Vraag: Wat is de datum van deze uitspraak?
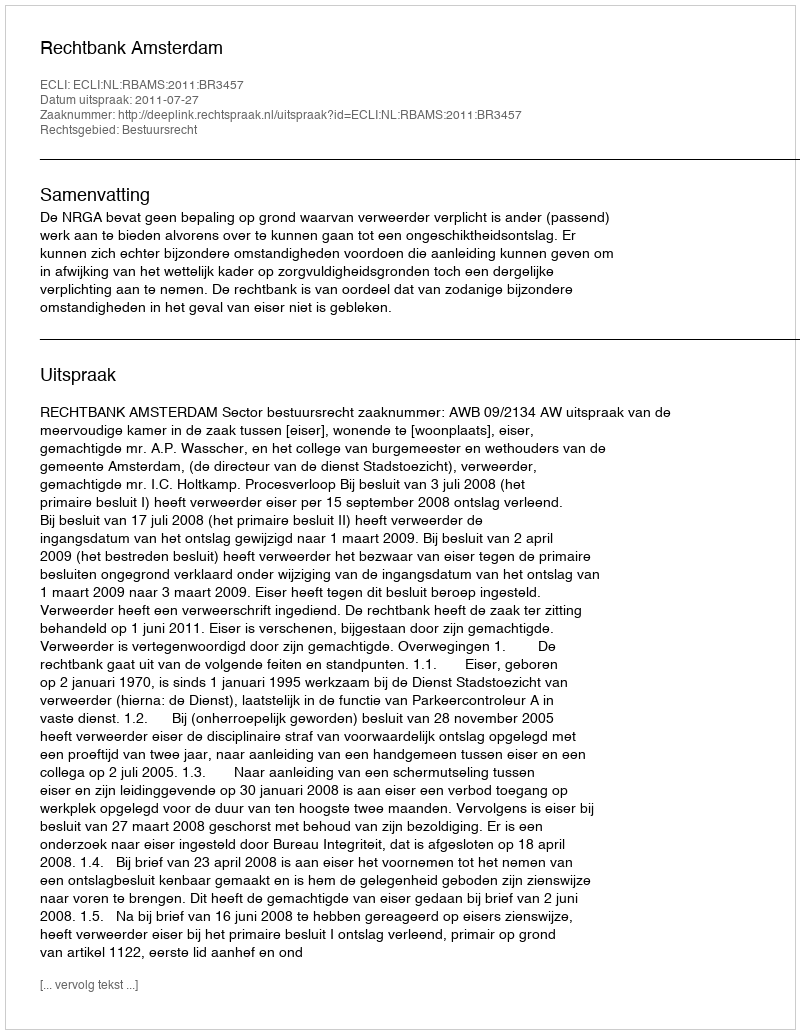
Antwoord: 2011-07-27